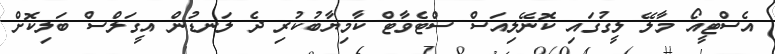
އެސްޓީއޯ މާލޭ ލީގުގައި ކޮނޭލިއަސް ސްޓެވާޓް ކާމިޔާބުކުރި ދެ ލަނޑުން އީގަލްސް ބަލިކޮށް